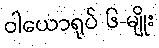
ဝါယောရုပ် ၆-မျိုး